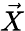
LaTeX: \vec{X}